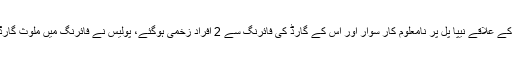
کراچی: شہر قائد کے علاقے نیپا پل پر نامعلوم کار سوار اور اس کے گارڈ کی فائرنگ سے 2 افراد زخمی ہوگئے، پولیس نے فائرنگ میں ملوث گارڈ کو گرفتار کرلیا۔